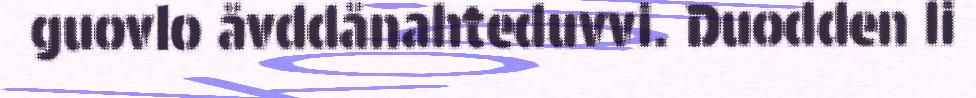
guovlo åvddånahteduvvi. Duodden li